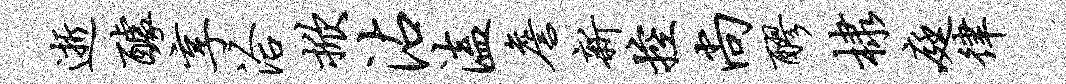
逝醵享洽掀沾溘詹新控尚醪棣庭律